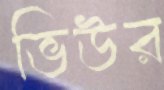
ভিউর